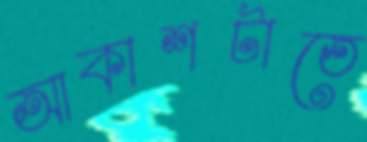
আকাশটাতে